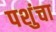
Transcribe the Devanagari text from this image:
पशुंचा